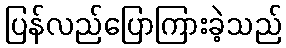
ပြန်လည်ပြောကြားခဲ့သည်